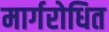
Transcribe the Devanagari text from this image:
मार्गरोधित